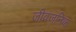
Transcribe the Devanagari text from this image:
जीवजनिक